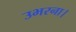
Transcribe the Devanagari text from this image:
उभरना।